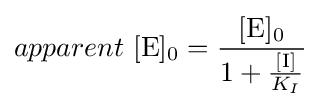
{apparent\ \mathrm {[E]_{0}} }={\frac {\mathrm {[E]_{0}} }{1+{\frac {\mathrm {[I]} }{K_{I}}}}}